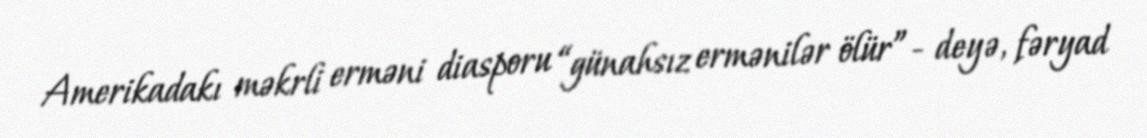
Amerikadakı məkrli erməni diasporu “günahsız ermənilər ölür”- deyə, fəryad